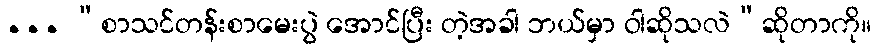
... “စာသင်တန်းစာမေးပွဲ အောင်ပြီး တဲ့အခါ ဘယ်မှာ ဝါဆိုသလဲ”ဆိုတာကို။